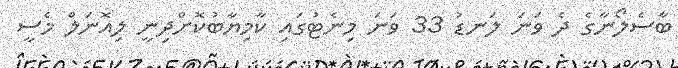
ބާސެލޯނާގެ ދެ ވަނަ ލަނޑު 33 ވަނަ މިނެޓުގައި ކާމިޔާބުކޮށްދިނީ ލިއޮނަލް މެސީ